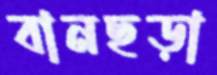
বানছড়া